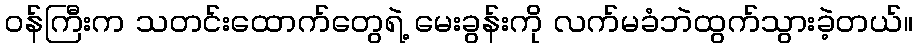
ဝန်ကြီးက သတင်းထောက်တွေရဲ့ မေးခွန်းကို လက်မခံဘဲထွက်သွားခဲ့တယ်။